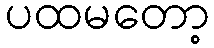
ပထမတော့